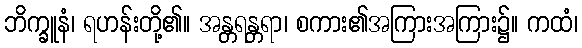
ဘိက္ခူနံ၊ ရဟန်းတို့၏။ အန္တရန္တရာ၊ စကား၏အကြားအကြား၌။ ကထံ၊